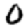
Digit: 0